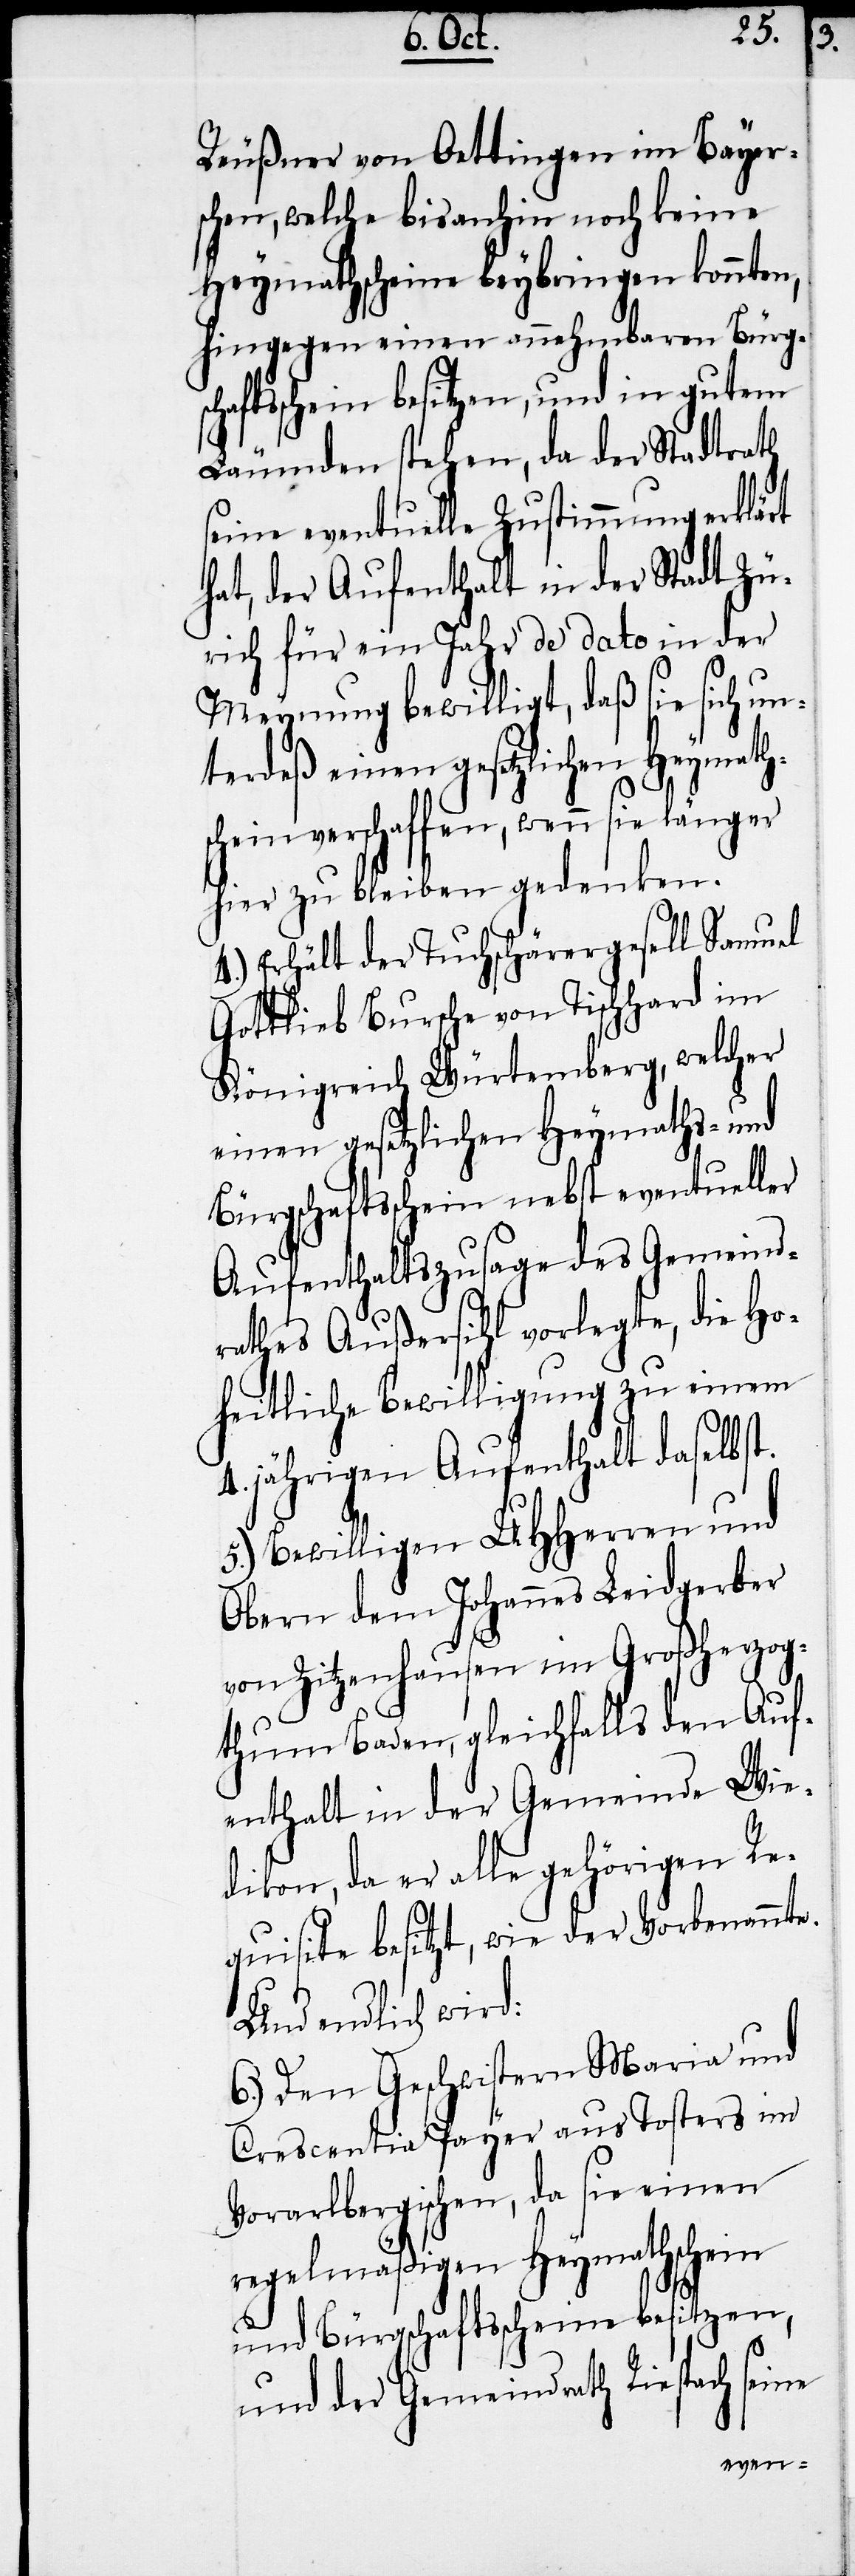
e.
Reußner von Oettingen im Bayer¬
schen, welche bisanhin noch keine
Heymathscheine beybringen konnten,
hingegen einen annehmbaren Bürgs¬
chaftsschein besitzen, und in gutem
Läumden stehen, da der Stadtrath
seine eventuelle Zustimmung erklärt
hat, der Aufenthalt in der Stadt Zü¬
rich für ein Jahr de dato in der
Meynung bewilligt, daß sie sich un¬
terdeß einen gesetzlichen Heymath¬
schein verschaffen, wenn sie länger
hier zu bleiben gedenken.
4.) Erhält der Tuchschärergesell Samuel
Gottlieb Bursche von Tischhard im
Königreich Würtemberg, welcher
einen gesetzlichen Heymaths- und
Bürgschaftsschein nebst eventueller
Aufenthaltszusage des Gemeind¬
rathes Außersihl vorlegte, die Ho¬
einem
heitliche Bewilligung zu
4. jährigen Aufenthalt daselbst.
5.) Bewilligen UHHerren und
Obern dem Johannes Leidgerber
von Zitzenhausen im Großherzog¬
thum Baden, gleichfalls den Auf¬
enthalt in der Gemeinde Wie¬
dikon, da er alle gehörigen
Requisite besitzt, wie der Vorbenannt¬
Und endlich wird:
6.) Den Geschwistern Maria und
Crescentia Payer aus Tosters im
Vorarlbergischen, da sie einen
regelmäßigen Heymathschein
und Bürgschaftsscheine besitzen,
und der Gemeindrath Riespach seine